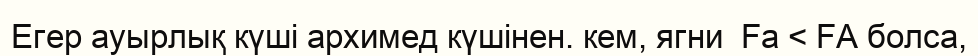
Егер ауырлық күші архимед күшінен. кем, ягни  Fа < FА болса,